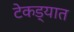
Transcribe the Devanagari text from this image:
टेकड्यात